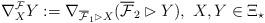
LaTeX: \begin{align*} \nabla^\mathcal{F}_XY:=\nabla_{\overline{\mathcal{F}}_1\rhd X} (\overline{\mathcal{F}}_2\rhd Y),~X,Y\in\Xi_\star\end{align*}